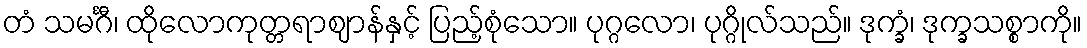
တံ သမင်္ဂီ၊ ထိုလောကုတ္တရာဈာန်နှင့် ပြည့်စုံသော။ ပုဂ္ဂလော၊ ပုဂ္ဂိုလ်သည်။ ဒုက္ခံ၊ ဒုက္ခသစ္စာကို။